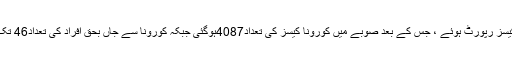
خیال رہے بلوچستان میں24گھنٹے کے دوران کورونا کے 159نئے کیسز رپورٹ ہوئے ، جس کے بعد صوبے میں کورونا کیسز کی تعداد4087ہوگئی جبکہ کورونا سے جاں بحق افراد کی تعداد46 تک پہنچ گئی ہے اور کورونا میں مبتلا1400 افراد صحتیاب ہوچکے ہیں۔